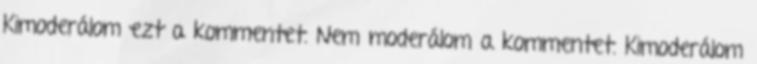
Kimoderálom ezt a kommentet. Nem moderálom a kommentet. Kimoderálom